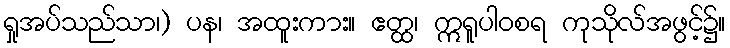
ရှုအပ်သည်သာ၊) ပန၊ အထူးကား။ ဧတ္ထ၊ ဣရူပါဝစရ ကုသိုလ်အဖွင့်၌။